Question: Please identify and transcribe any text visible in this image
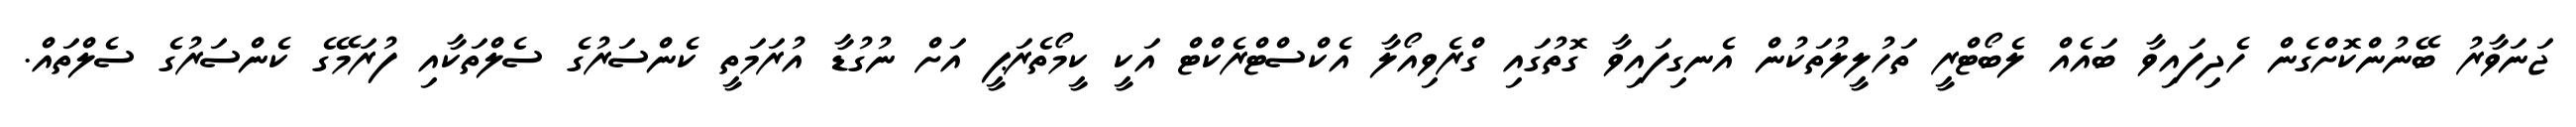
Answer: ޖަނަވާރު ބޭނުންކޮށްގެން ހެދިފައިވާ ބައެއް ލެބޯޓްރީ ތަހުލީލުތަކުން އެނގިފައިވާ ގޮތުގައި ގްރެވިއޯލާ އެކްސްޓްރެކްޓް އަކީ ކީމޯތެރަޕީ އަށް ނުގުޑާ އުރަމަތީ ކެންސަރުގެ ސެލްތަކާއި ފުރަމޭގެ ކެންސަރުގެ ސެލްތައް.